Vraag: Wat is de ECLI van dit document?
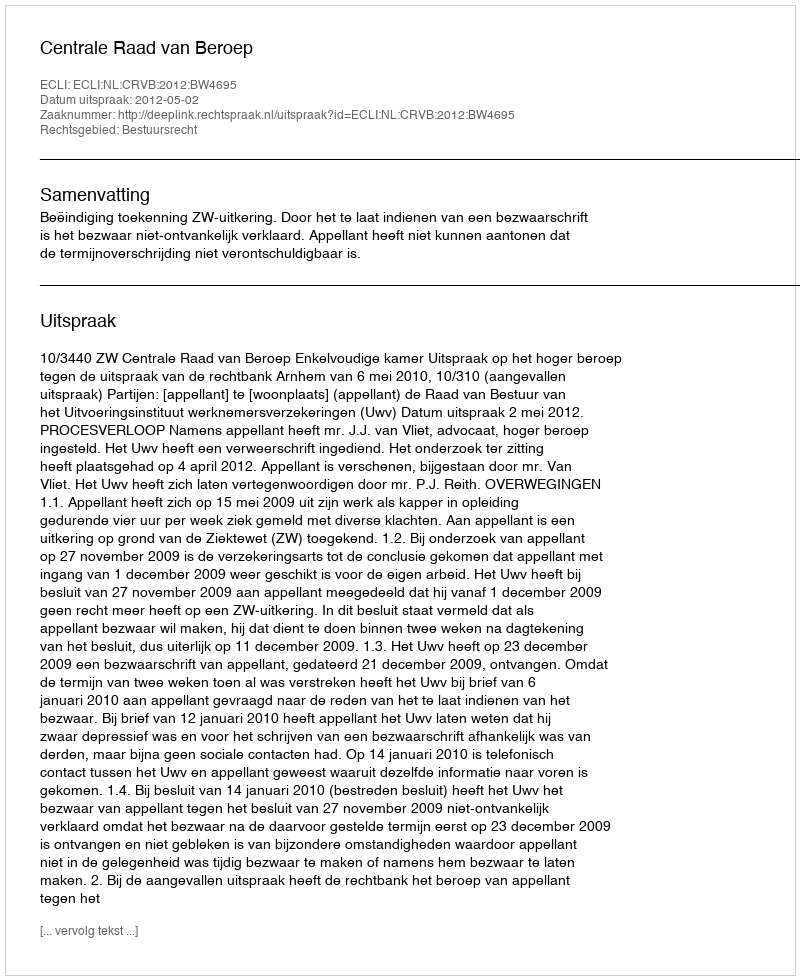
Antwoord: ECLI:NL:CRVB:2012:BW4695